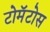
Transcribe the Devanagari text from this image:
टोमॅटोस